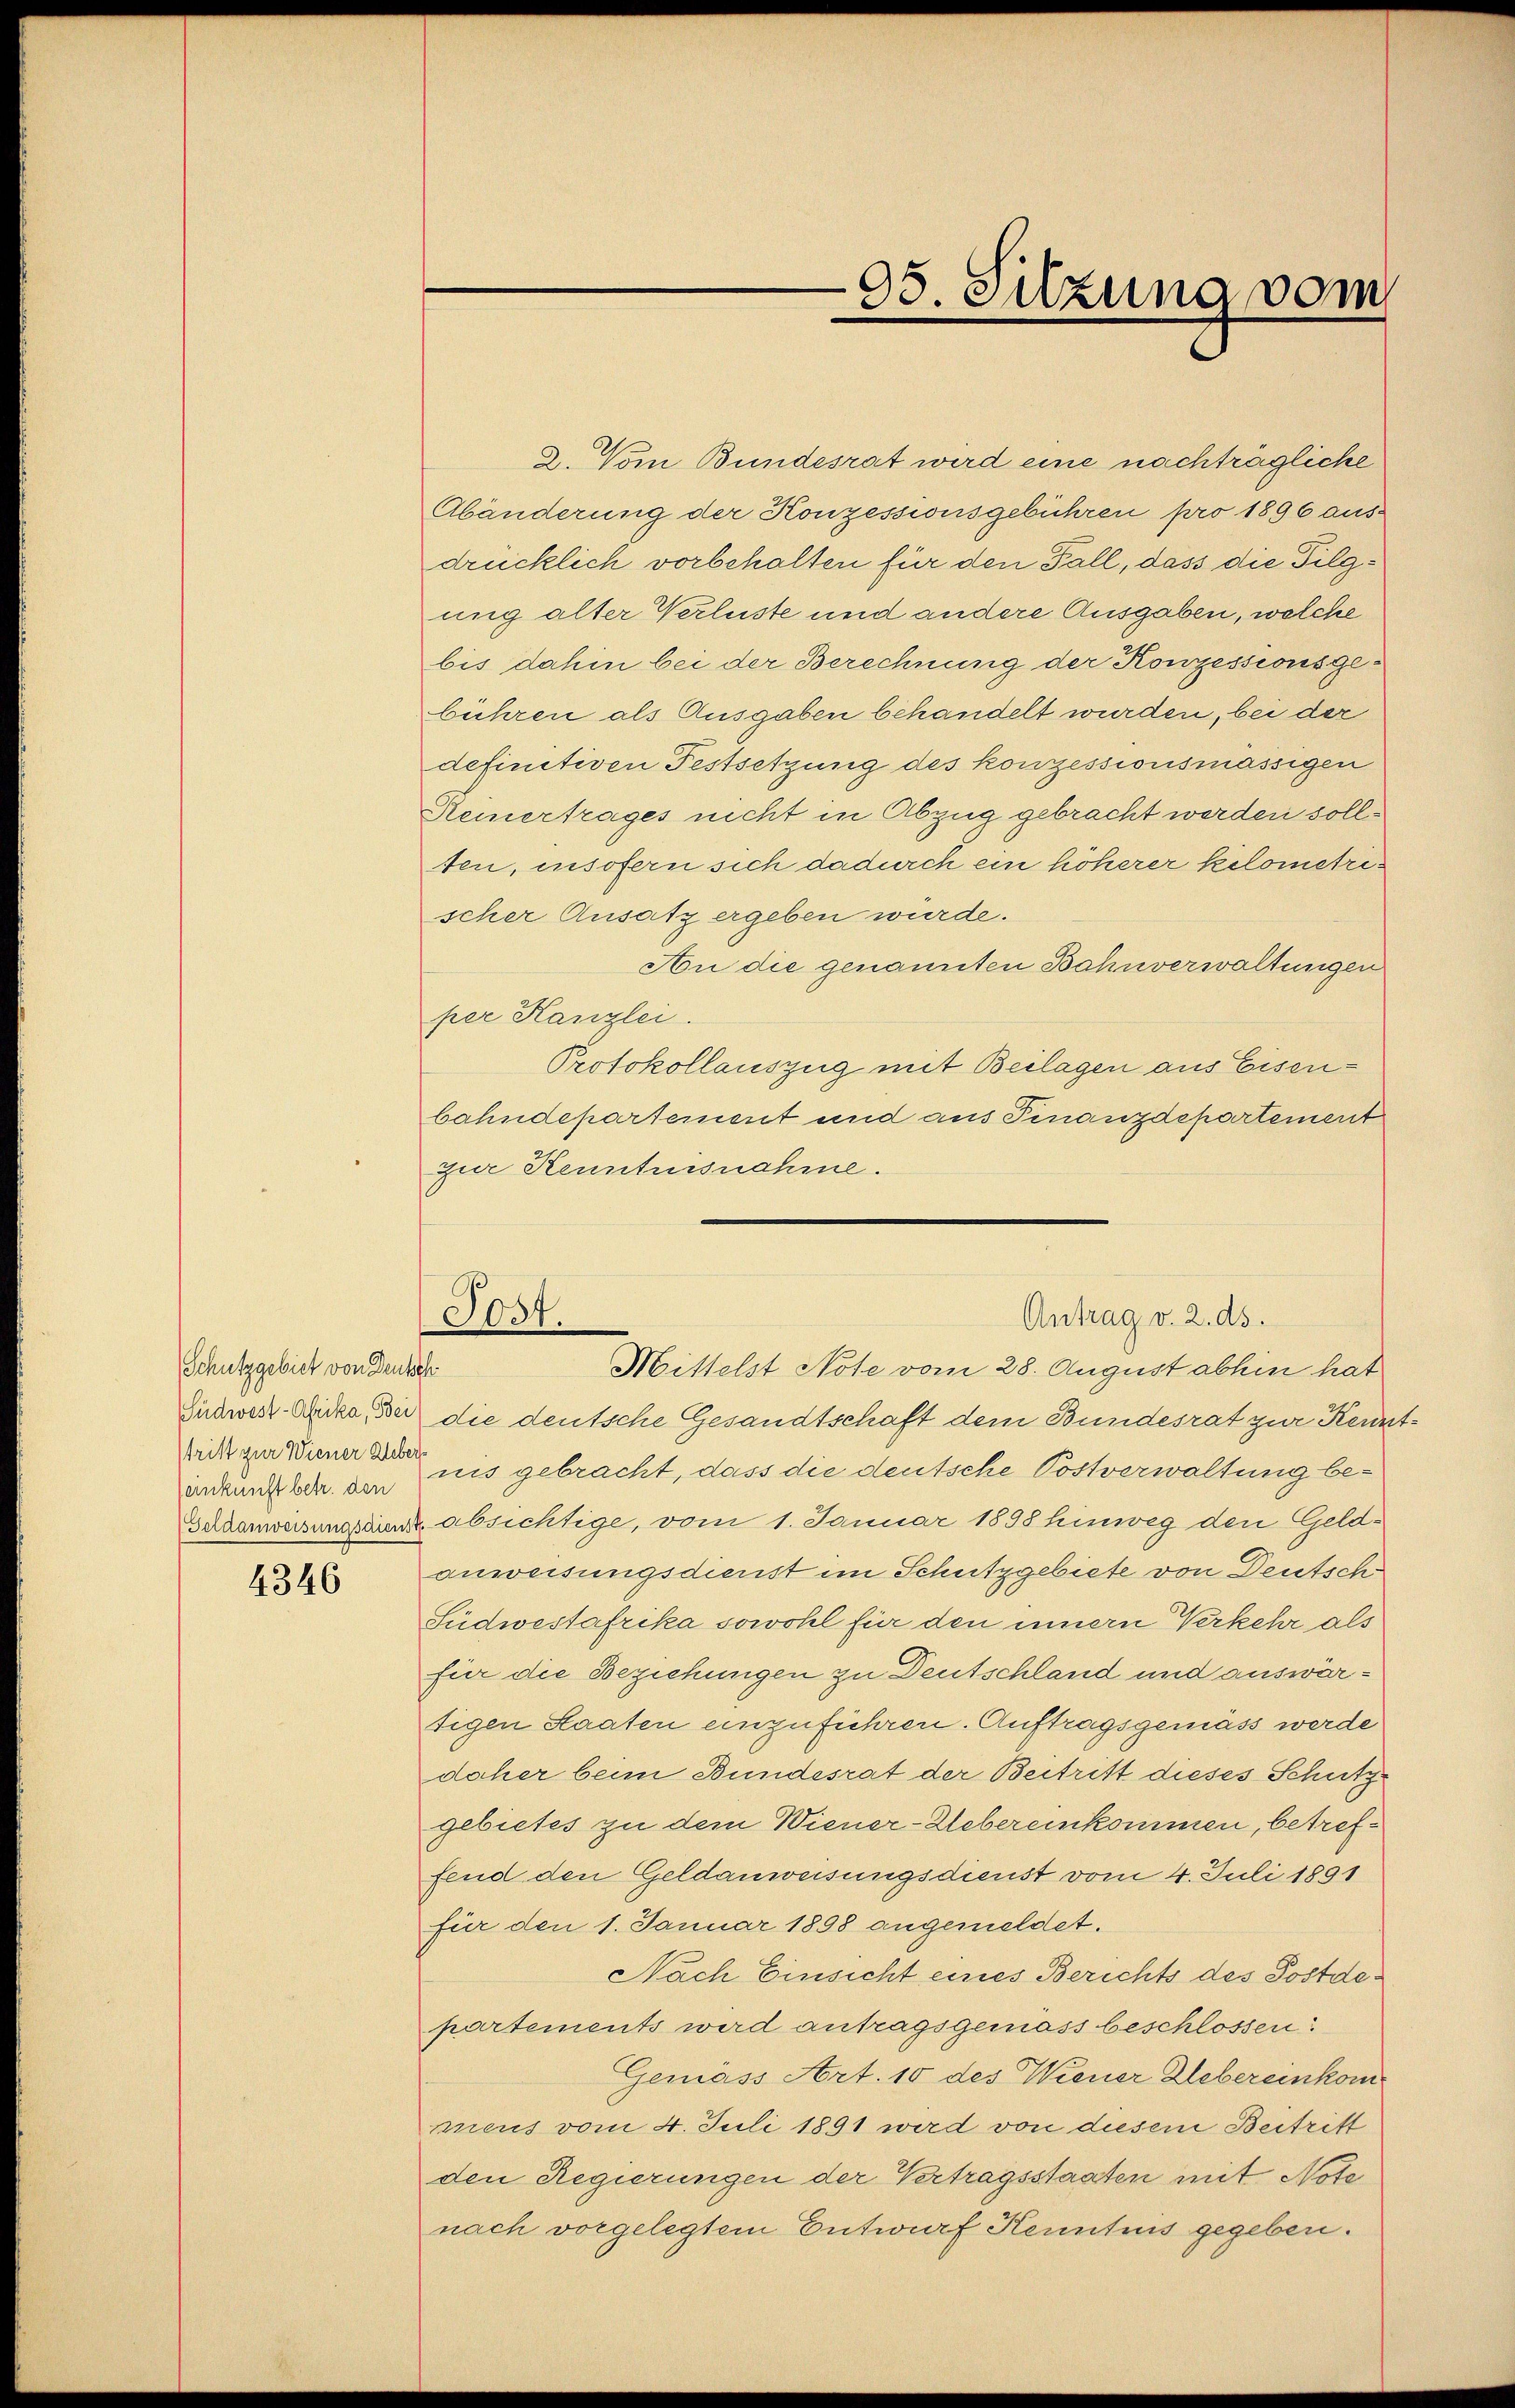
Schutzgebiet von Deutsch
einkunft betr. den

4346

2. Vom Bundesrat wird eine nachträgliche
Abänderung der Konzessionsgebühren pro 1896 aus-
drücklich vorbehalten für den Fall, dass die Tilgung alter Verluste und andere Ausgaben, welche
bis dahin bei der Berechnung der Konzessionsgebühren als Ausgaben behandelt wurden, bei der
definitiven Festsetzung des konzessionsmässigen
Keinertrages nicht in Abzug gebracht werden sollten, insofern sich dadurch ein höherer Kilometrischer Ansatz ergeben wurde.
An die genannten Bahnverwaltungen
per Kanzlei.
Protokollauszug mit Beilagen aus Eisenbahndepartement und aus Finanzdepartement
zur Kenntnisnahme.

95. Silzung vom

Antrag v. 2. ds.
Post.
Mittelst Note vom 28. August abhin hat

Endwert Orka, der die deutsche Gesandtschaft dem Bundesrat zur Kennt¬
Wicht zur Treuer ins gebracht, dass die deutsche Postverwaltung be-
Geldanweisungsdient absichtige, vom 1. Januar 1898 hinweg den Geld-
anweisungsdienst im Schutzgebiete von Deutsch
Südwestafrika sowohl für den innern Verkehr als
für die Beziehungen zu Deutschland und auswärsigen Staaten einzuführen. Auftragsgemäss werde
daher beim Bundesrat der Beitritt dieses Schutz
gebietes zu dem Wiener-Uebereinkommen, betreffend den Geldanweisungsdienst vom 4. Juli 1891
für den 1. Januar 1898 angemeldet.
Nach Einsicht eines Berichts des Postdepartements wird antragsgemäss beschlossen:
Gemäss Art. 10 des Wiener Uebereinkommens vom 4. Juli 1891 wird von diesem Beitritt
den Regierungen der Vertragsstaaten mit Note
nach vorgelegtem Entwurf Kenntnis gegeben.